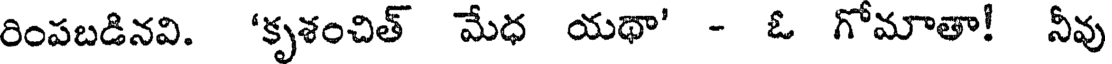
రింపబడినవి. 'కృశంచిత్ మేధ యథా' - ఓ గోమాతా! నీవు